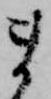
ま